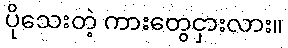
ပိုသေးတဲ့ ကားတွေငှားလား။